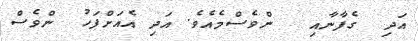
އަދި  ގެފާނާއި   ންވެސްމެއެވެ. އަދި އެއަށްފަހު  ންވެސް